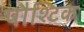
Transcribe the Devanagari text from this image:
पौश्टिक